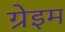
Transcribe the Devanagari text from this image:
ग्रेइम